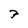
Character: 7